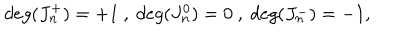
d e g ( J _ { n } ^ { + } ) = + 1 \ , \ d e g ( J _ { n } ^ { 0 } ) = 0 \ , \ d e g ( J _ { n } ^ { - } ) = - 1 ,